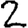
Digit: 2